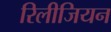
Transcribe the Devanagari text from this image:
रिलीजियन